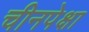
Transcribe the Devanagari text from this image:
चीनपेक्षा